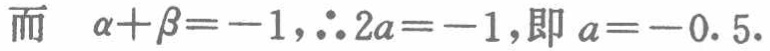
而 $\alpha+\beta=-1,\therefore 2a=-1$,即 $a = - 0.5$.